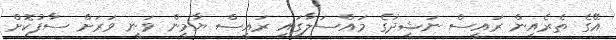
އޭގެ ތެރެއިން ރައީސް ނަޝީދުގެ މައްސަލާގައި ރައީސް ޔާމީން ވަނީ ވަރަށް ސާފުކޮށް